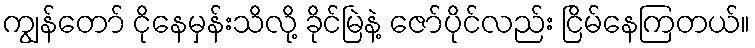
ကျွန်တော် ငိုနေမှန်းသိလို့ ခိုင်မြဲနဲ့ ဇော်ပိုင်လည်း ငြိမ်နေကြတယ်။